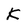
Character: k